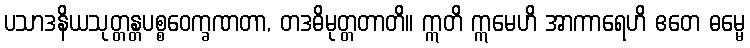
ပသာဒနိယသုတ္တန္တပစ္စဝေက္ခဏတာ, တဒဓိမုတ္တတာတိ။ ဣတိ ဣမေဟိ အာကာရေဟိ ဧတေ ဓမ္မေ